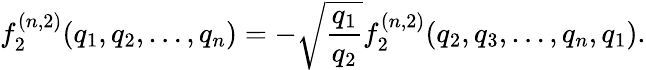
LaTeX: f_{2}^{(n,2)}(q_{1},q_{2},\dots,q_{n})=-\sqrt{\frac{q_{1}}{q_{2}}}f_{2}^{(n,2)}(q_{2},q_{3},\dots,q_{n},q_{1}).